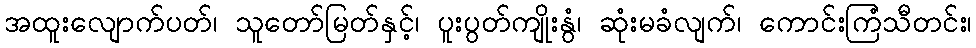
အထူးလျောက်ပတ်၊ သူတော်မြတ်နှင့်၊ ပူးပွတ်ကျိုးနွံ၊ ဆုံးမခံလျက်၊ ကောင်းကြံသီတင်း၊